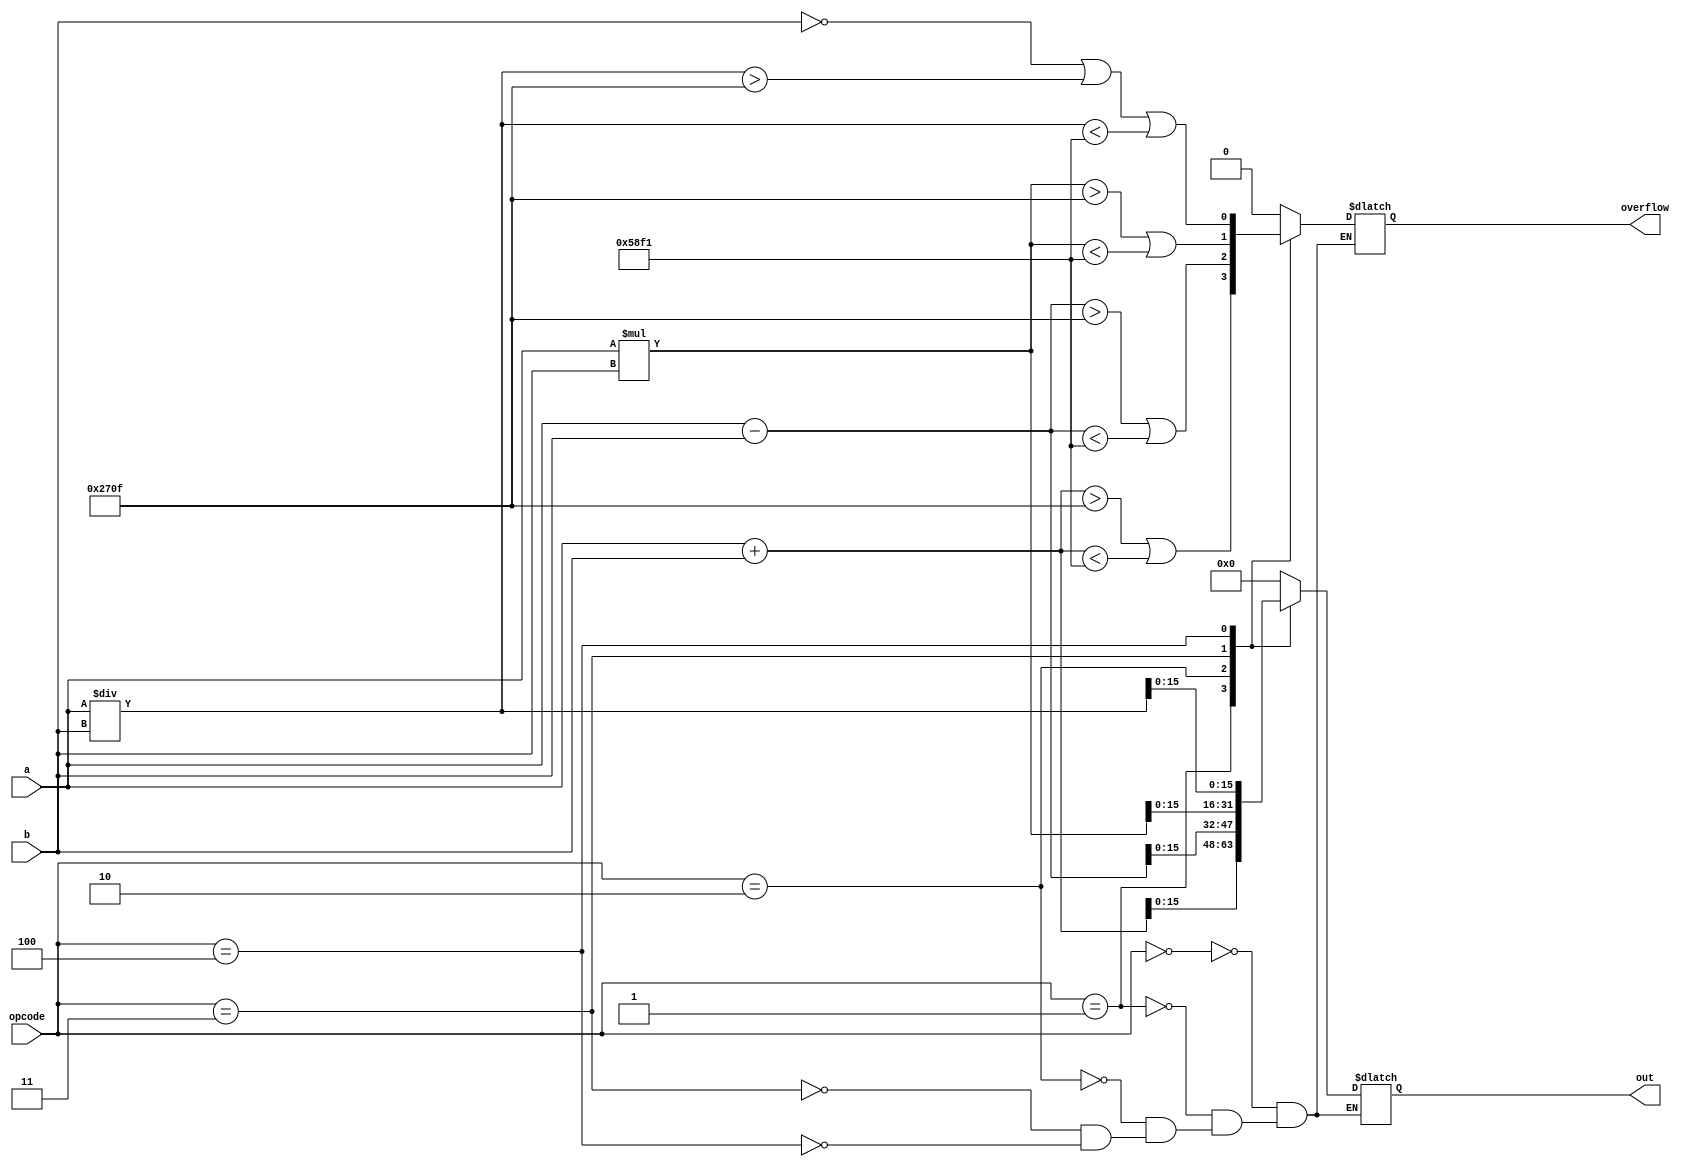
`timescale 1ns / 1ps
//////////////////////////////////////////////////////////////////////////////////
// Company: 
// Engineer: 
// 
// Design Name: 
// Module Name: ALU
// Project Name: 
// Target Devices: 
// Tool Versions: 
// Description: 
// 
// Dependencies: 
// 
// Revision:
// Revision 0.01 - File Created
// Additional Comments:
// 
//////////////////////////////////////////////////////////////////////////////////


module alu(
    input signed [15:0] a,
    input signed [15:0] b,
    input [2:0] opcode,
    output reg signed  [15:0] out,
    output reg overflow
    );
    
    reg signed [20:0] s;
    always @ (a or b or opcode)
        case(opcode)
            0: begin
                s=0;
                out=s;
                overflow=0;
                end
            1: begin
                s=a+b;
                overflow =(s>9999 | s<-9999);
                out = s;
                end
            2: begin
                s=a-b;
                overflow =(s>9999 | s<-9999);
                out = s;
                end
            3: begin
                s=a*b;
                overflow =(s>9999 | s<-9999);
                out = s;
                end
            4: begin
                s=a/b;
                overflow =(b==0 | s>9999 | s<-9999);
                out = s;
                end
        endcase
endmodule